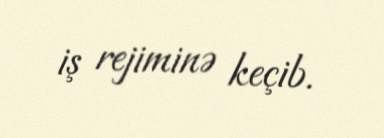
iş rejiminə keçib.